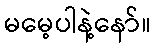
မမေ့ပါနဲ့နော်။